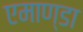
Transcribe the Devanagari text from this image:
एमाण्डा